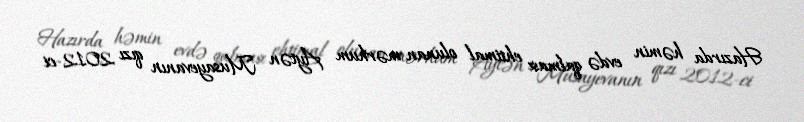
Hazırda həmin evdə qalması ehtimal olunan mərhum Aytən Musayevanın qızı 2012-ci